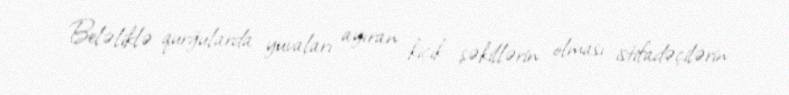
Beləliklə qurğularda yuvaları ayıran kiçik şəkillərin olması istifadəçilərin